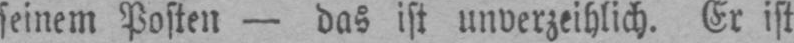
seinem Posten - das ist unverzeihlich. Er ist